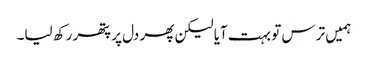
ہمیں ترس تو بہت آیا لیکن پھر دل پر پتھر رکھ لیا۔